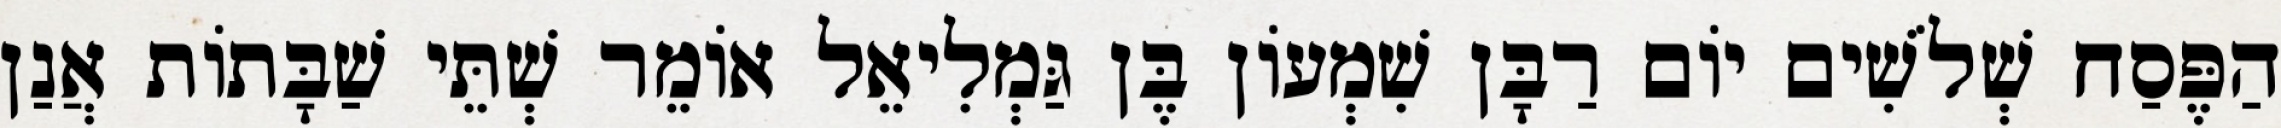
הַפֶּסַח שְׁלֹשִׁים יוֹם רַבָּן שִׁמְעוֹן בֶּן גַּמְלִיאֵל אוֹמֵר שְׁתֵּי שַׁבָּתוֹת אֲנַן